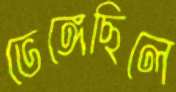
ভেঙ্গেছিলে